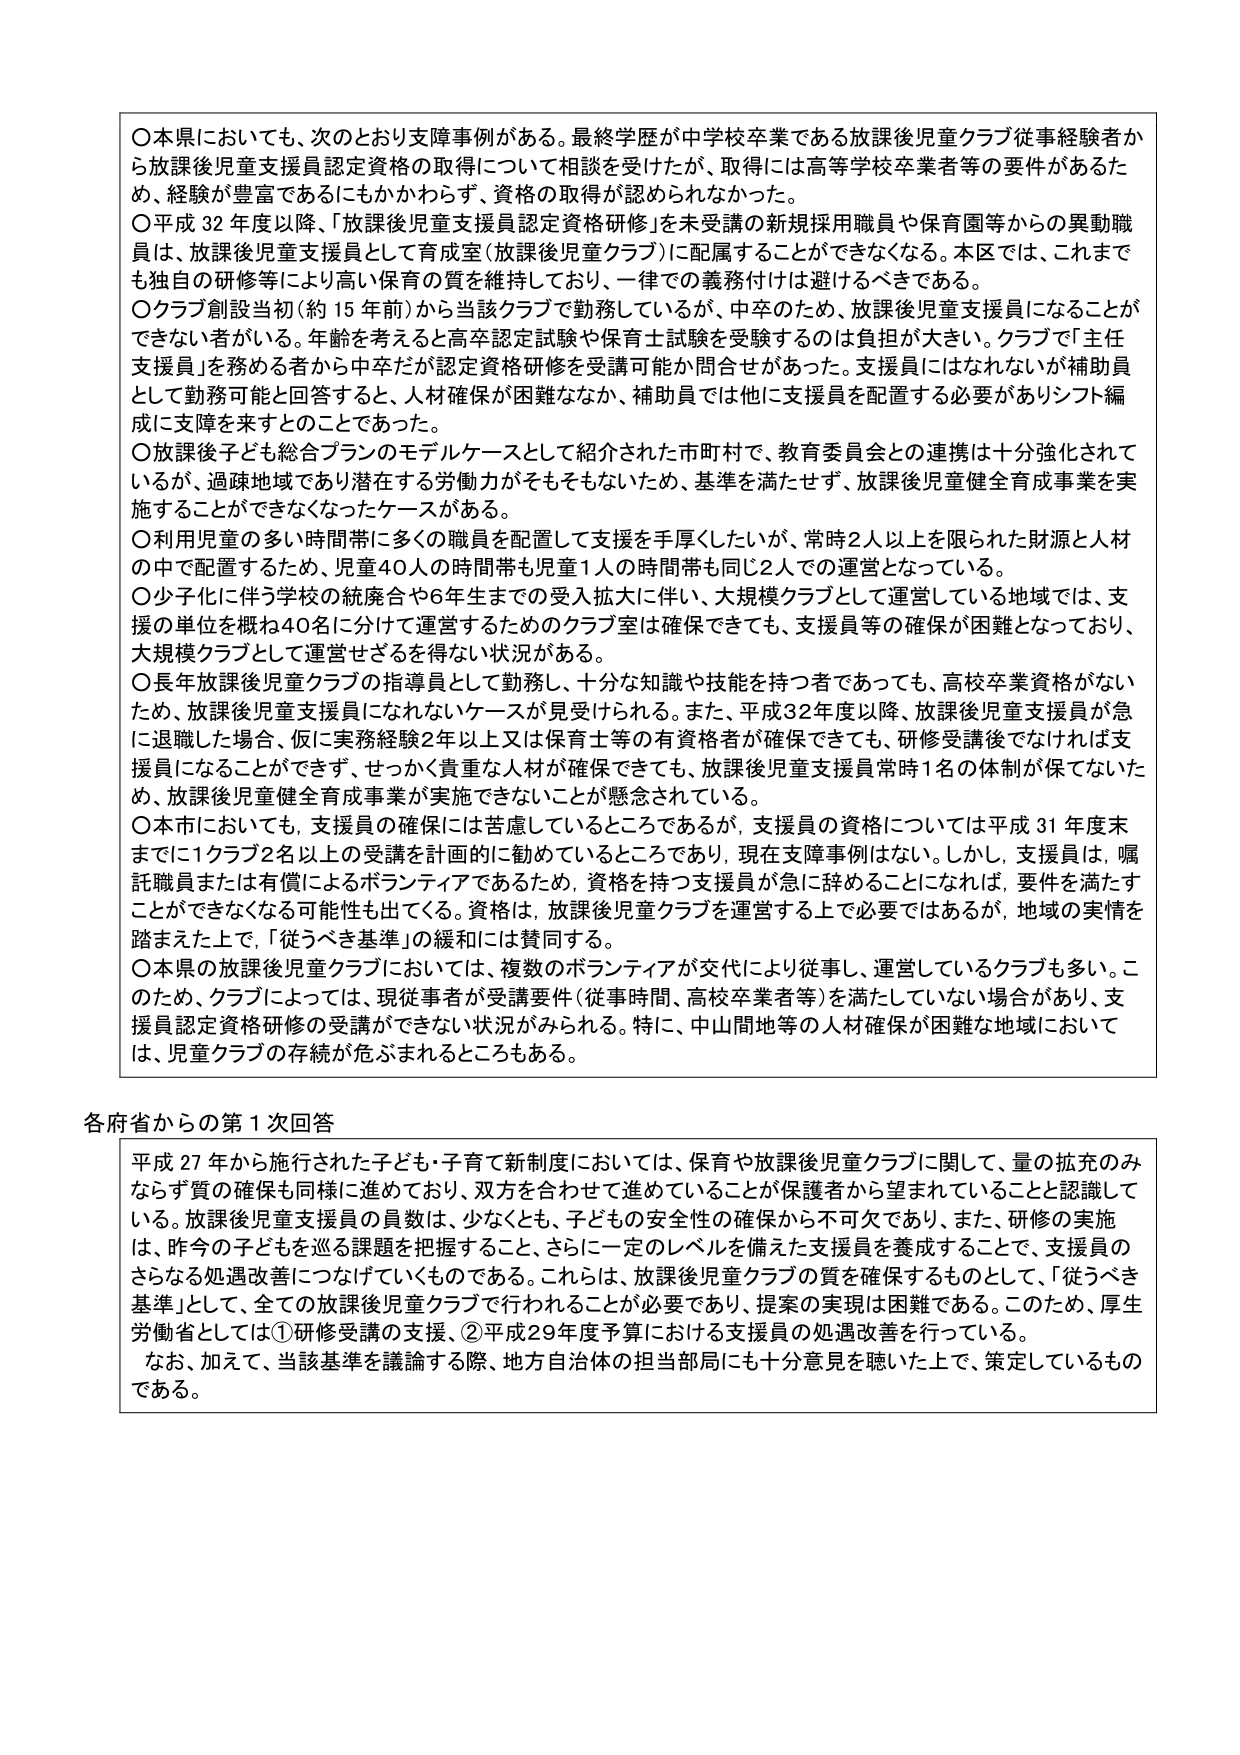
〇本県においても、次のとおり支障事例がある。最終学歴が中学校卒業である放課後児童クラブ従事経験者から放課後児童支援員認定資格の取得について相談を受けたが、取得には高等学校卒業者等の要件があるため、経験が豊富であるにもかかわらず、資格の取得が認められなかった。

〇平成32年度以降、「放課後児童支援員認定資格研修」を未受講の新規採用職員や保育園等からの異動職員は、放課後児童支援員として育成室（放課後児童クラブ）に配属することができなくなる。本区では、これまでも独自の研修等により高い保育の質を維持しており、一律での義務付けは避けるべきである。

〇クラブ創設当初（約15年前）から当該クラブで勤務しているが、中卒のため、放課後児童支援員になることができない者がいる。年齢を考えると高卒認定試験や保育士試験を受験するのは負担が大きい。クラブで「主任支援員」を務める者から中卒だが認定資格研修を受講可能か問合せがあった。支援員にはなれないが補助員として勤務可能と回答すると、人材確保が困難ななか、補助員では他に支援員を配置する必要がありシフト編成に支障を来すとのことであった。

〇放課後子ども総合プランのモデルケースとして紹介された市町村で、教育委員会との連携は十分強化されているが、過疎地域であり潜在する労働力がそもそもないため、基準を満たせず、放課後児童健全育成事業を実施することができなくなったケースがある。

〇利用児童の多い時間帯に多くの職員を配置して支援を手厚くしたいが、常時2人以上を限られた財源と人材の中で配置するため、児童40人の時間帯も児童1人の時間帯も同じ2人での運営となっている。

〇少子化に伴う学校の統廃合や6年生までの受入拡大に伴い、大規模クラブとして運営している地域では、支援の単位を概ね40名に分けて運営するためのクラブ室は確保できても、支援員等の確保が困難となっており、大規模クラブとして運営せざるを得ない状況がある。

〇長年放課後児童クラブの指導員として勤務し、十分な知識や技能を持つ者であっても、高校卒業資格がないため、放課後児童支援員になれないケースが見受けられる。また、平成32年度以降、放課後児童支援員が急に退職した場合、仮に実務経験2年以上又は保育士等の有資格者が確保できても、研修受講後でなければ支援員になることができず、せっかく貴重な人材が確保できても、放課後児童支援員常時1名の体制が保てないため、放課後児童健全育成事業が実施できないことが懸念されている。

〇本市においても、支援員の確保には苦慮しているところであるが、支援員の資格については平成31年度末までに1クラブ2名以上の受講を計画的に勧めているところであり、現在支障事例はない。しかし、支援員は、嘱託職員または有償によるボランティアであるため、資格を持つ支援員が急に辞めることになれば、要件を満たすことができなくなる可能性も出てくる。資格は、放課後児童クラブを運営する上で必要ではあるが、地域の実情を踏まえた上で、「従うべき基準」の緩和には賛同する。

〇本県の放課後児童クラブにおいては、複数のボランティアが交代により従事し、運営しているクラブも多い。このため、クラブによっては、現従事者が受講要件（従事時間、高校卒業者等）を満たしていない場合があり、支援員認定資格研修の受講ができない状況がみられる。特に、中山間地等の人材確保が困難な地域においては、児童クラブの存続が危ぶまれるところもある。

各府省からの第1次回答

平成27年から施行された子ども・子育て新制度においては、保育や放課後児童クラブに関して、量の拡充のみならず質の確保も同様に進めており、双方を合わせて進めていることが保護者から望まれていることと認識している。放課後児童支援員の員数は、少なくとも、子どもの安全性の確保から不可欠であり、また、研修の実施は、昨今の子どもを巡る課題を把握すること、さらに一定のレベルを備えた支援員を養成することで、支援員のさらなる処遇改善につなげていくものである。これらは、放課後児童クラブの質を確保するものとして、「従うべき基準」として、全ての放課後児童クラブで行われることが必要であり、提案の実現は困難である。このため、厚生労働省としては①研修受講の支援、②平成29年度予算における支援員の処遇改善を行っている。

なお、加えて、当該基準を議論する際、地方自治体の担当部局にも十分意見を聴いた上で、策定しているものである。